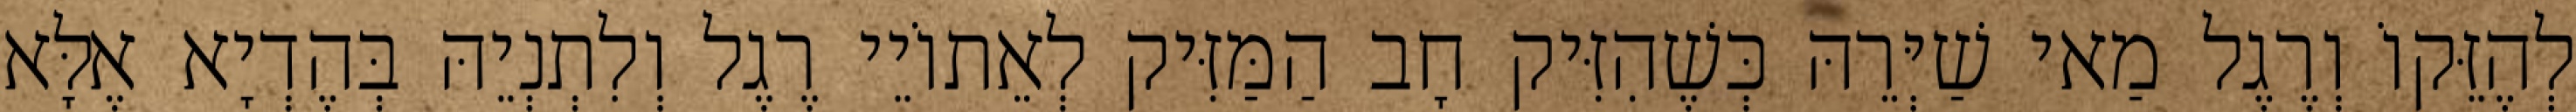
לְהֶזֵּקוֹ וְרֶגֶל מַאי שַׁיְּרֵהּ כְּשֶׁהִזִּיק חָב הַמַּזִּיק לְאֵתוֹיֵי רֶגֶל וְלִתְנְיֵהּ בְּהֶדְיָא אֶלָּא